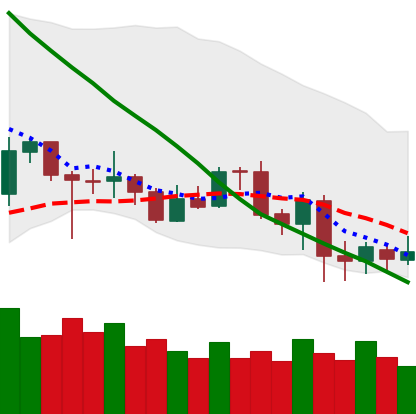
Ticker: LTC-USD
Chart end date: 2020-07-01
Forward return: 5.43%
Label: up_5_7